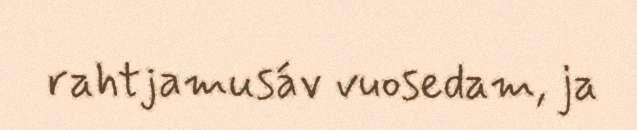
rahtjamusáv vuosedam, ja